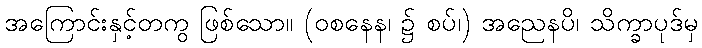
အကြောင်းနှင့်တကွ ဖြစ်သော။ (ဝစနေန၊ ၌ စပ်၊) အညေနပိ၊ သိက္ခာပုဒ်မှ